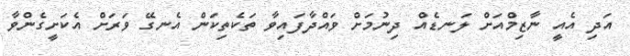
އަދި އެއީ ނާޒިމްއަށް ލަނޑެއް ދިނުމަށް ވައްދާފައިވާ ތަކެތިކަން އެނގޭ ވަރަށް އެކަށީގެންވާ